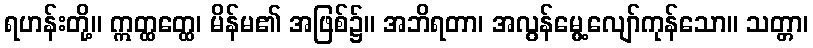
ရဟန်းတို့။ ဣတ္ထတ္ထေ၊ မိန်မ၏ အဖြစ်၌။ အဘိရတာ၊ အလွန်မွေ့လျော်ကုန်သော။ သတ္တာ၊